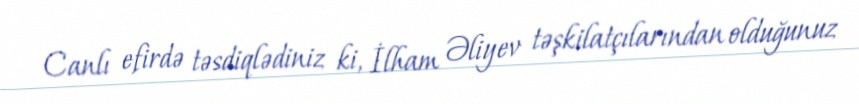
Canlı efirdə təsdiqlədiniz ki, İlham Əliyev təşkilatçılarından olduğunuz